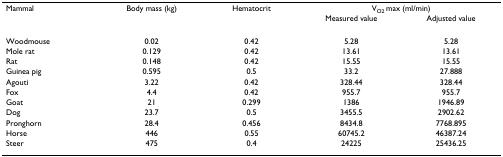
<table><thead><tr><td><b>Mammal</b></td><td><b>Body mass (kg)</b></td><td><b>Hematocrit</b></td><td colspan="2"><b>V<sub>O2 </sub>max (ml/min)</b></td></tr><tr><td></td><td></td><td></td><td><b>Measured value</b></td><td><b>Adjusted value</b></td></tr></thead><tbody><tr><td>Woodmouse</td><td>0.02</td><td>0.42</td><td>5.28</td><td>5.28</td></tr><tr><td>Mole rat</td><td>0.129</td><td>0.42</td><td>13.61</td><td>13.61</td></tr><tr><td>Rat</td><td>0.148</td><td>0.42</td><td>15.55</td><td>15.55</td></tr><tr><td>Guinea pig</td><td>0.595</td><td>0.5</td><td>33.2</td><td>27.888</td></tr><tr><td>Agouti</td><td>3.22</td><td>0.42</td><td>328.44</td><td>328.44</td></tr><tr><td>Fox</td><td>4.4</td><td>0.42</td><td>955.7</td><td>955.7</td></tr><tr><td>Goat</td><td>21</td><td>0.299</td><td>1386</td><td>1946.89</td></tr><tr><td>Dog</td><td>23.7</td><td>0.5</td><td>3455.5</td><td>2902.62</td></tr><tr><td>Pronghorn</td><td>28.4</td><td>0.456</td><td>8434.8</td><td>7768.895</td></tr><tr><td>Horse</td><td>446</td><td>0.55</td><td>60745.2</td><td>46387.24</td></tr><tr><td>Steer</td><td>475</td><td>0.4</td><td>24225</td><td>25436.25</td></tr></tbody></table>